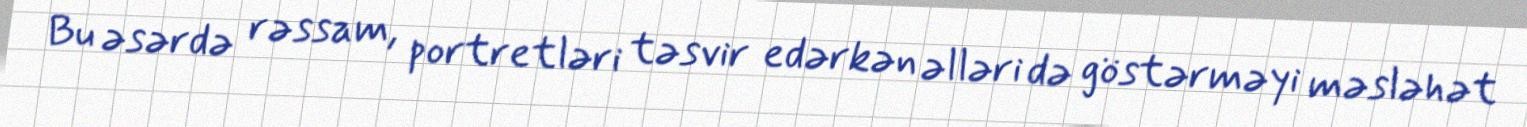
Bu əsərdə rəssam, portretləri təsvir edərkən əlləri də göstərməyi məsləhət